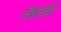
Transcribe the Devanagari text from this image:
बॅकांची